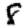
Digit: 8